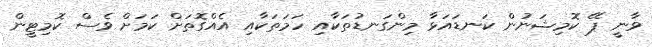
ވާނީ ޕޭ ކޮމިޝަނުން ކަނޑައަޅާ މިންގަނޑުތަކާއި ހަމަތަކާއި އެއްގޮތަށް ކަމަށް ވެސް ކޮމިޓީން